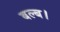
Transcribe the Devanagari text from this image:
बल्ब।